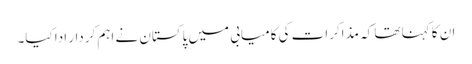
ان کا کہنا تھا کہ مذاکرات کی کامیابی میں پاکستان نے اہم کردار ادا کیا۔